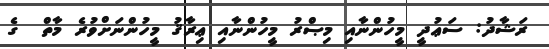
ރަޝާދު: ސަޢުދީ މީހުންނާއި މިޞްރު މީހުންނާއި ޢިރާޤު މީހުންނަށްވުރެ މާތް  ގެ